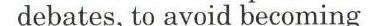
debates, to avoid becoming